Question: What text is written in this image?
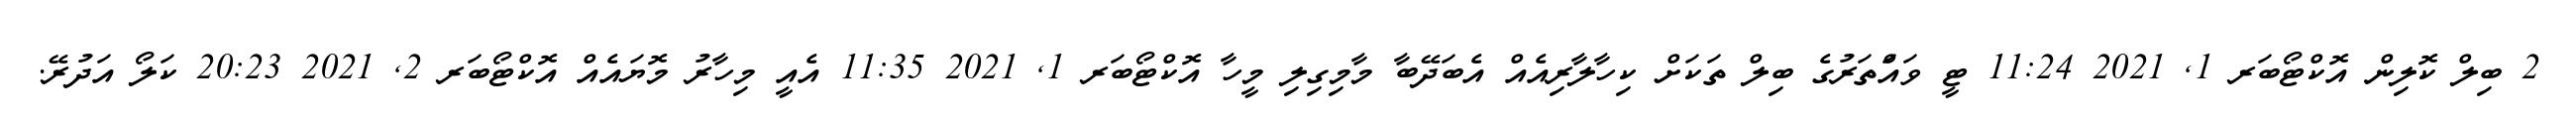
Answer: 2 ބިލް ކޮލިން އޮކްޓޯބަރ 1, 2021 11:24 ޓީ ވައަްތަރުގެ ބިލް ތަކަށް ކިހާލާރިއެއް އެބަދޭބާ މާމިގިލި މީހާ އޮކްޓޯބަރ 1, 2021 11:35 އެއީ މިހާރު މޮޔައެއް އޮކްޓޯބަރ 2, 2021 20:23 ކަލޯ އަދުރޭ.